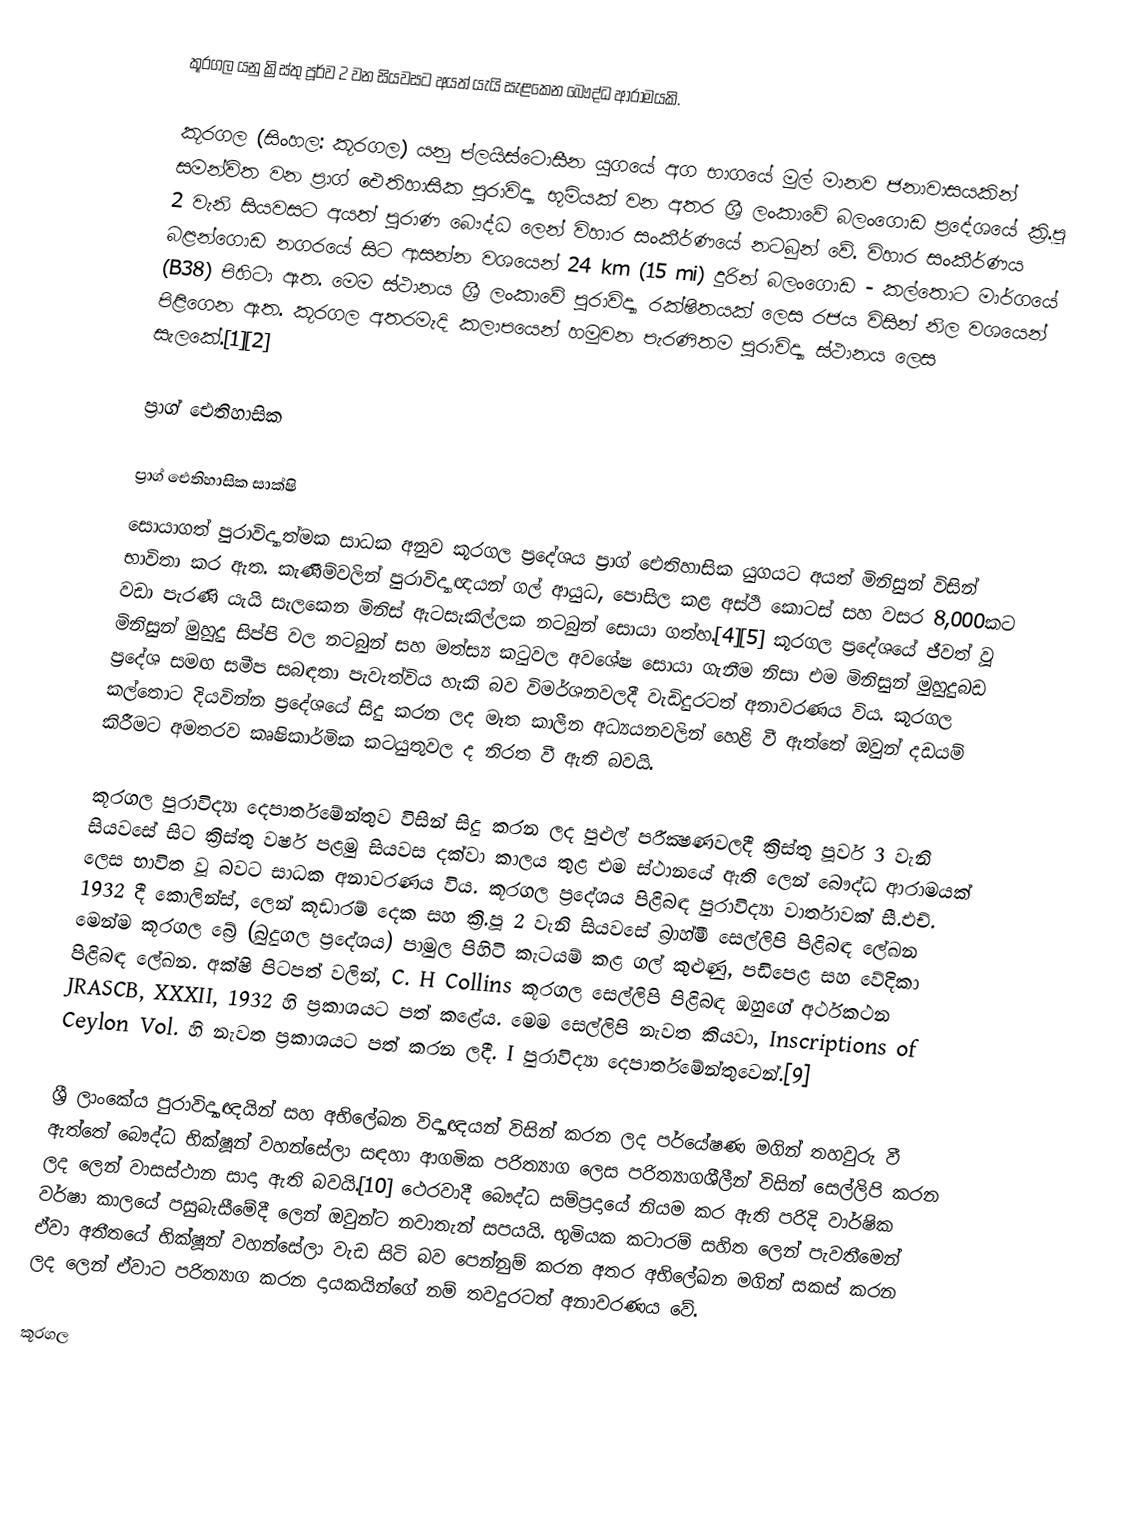
කූරගල යනු ක්‍රිස්තු පූර්ව 2 වන සියවසට අයත් යැයි සැළකෙන බෞද්ධ ආරාමයකි.

කූරගල (සිංහල: කූරගල) යනු ප්ලයිස්ටොසීන යුගයේ අග භාගයේ මුල් මානව ජනාවාසයකින් සමන්විත වන ප්‍රාග් ඓතිහාසික පුරාවිද්‍යා භූමියක් වන අතර ශ්‍රී ලංකාවේ බලංගොඩ ප්‍රදේශයේ ක්‍රි.පූ 2 වැනි සියවසට අයත් පුරාණ බෞද්ධ ලෙන් විහාර සංකීර්ණයේ නටබුන් වේ. විහාර සංකීර්ණය බළන්ගොඩ නගරයේ සිට ආසන්න වශයෙන් 24 km (15 mi) දුරින් බලංගොඩ - කල්තොට මාර්ගයේ (B38) පිහිටා ඇත. මෙම ස්ථානය ශ්‍රී ලංකාවේ පුරාවිද්‍යා රක්ෂිතයක් ලෙස රජය විසින් නිල වශයෙන් පිළිගෙන ඇත. කූරගල අතරමැදි කලාපයෙන් හමුවන පැරණිතම පුරාවිද්‍යා ස්ථානය ලෙස සැලකේ.[1][2]

 ප්‍රාග් ඓතිහාසික

ප්‍රාග් ඓතිහාසික සාක්ෂි
සොයාගත් පුරාවිද්‍යාත්මක සාධක අනුව කූරගල ප්‍රදේශය ප්‍රාග් ඓතිහාසික යුගයට අයත් මිනිසුන් විසින් භාවිතා කර ඇත. කැණීම්වලින් පුරාවිද්‍යාඥයන් ගල් ආයුධ, පොසිල කළ අස්ථි කොටස් සහ වසර 8,000කට වඩා පැරණි යැයි සැලකෙන මිනිස් ඇටසැකිල්ලක නටබුන් සොයා ගත්හ.[4][5] කූරගල ප්‍රදේශයේ ජීවත් වූ මිනිසුන් මුහුදු සිප්පි වල නටබුන් සහ මත්ස්‍ය කටුවල අවශේෂ සොයා ගැනීම නිසා එම මිනිසුන් මුහුදුබඩ ප්‍රදේශ සමඟ සමීප සබඳතා පැවැත්විය හැකි බව විමර්ශනවලදී වැඩිදුරටත් අනාවරණය විය. කූරගල කල්තොට දියවින්න ප්‍රදේශයේ සිදු කරන ලද මෑත කාලීන අධ්‍යයනවලින් හෙළි වී ඇත්තේ ඔවුන් දඩයම් කිරීමට අමතරව කෘෂිකාර්මික කටයුතුවල ද නිරත වී ඇති බවයි.

කූරගල පුරාවිද්‍යා දෙපාර්තමේන්තුව විසින් සිදු කරන ලද පුළුල් පරීක්‍ෂණවලදී ක්‍රිස්තු පූර්ව 3 වැනි සියවසේ සිට ක්‍රිස්තු වර්ෂ පළමු සියවස දක්වා කාලය තුළ එම ස්ථානයේ ඇති ලෙන් බෞද්ධ ආරාමයක් ලෙස භාවිත වූ බවට සාධක අනාවරණය විය. කූරගල ප්‍රදේශය පිළිබඳ පුරාවිද්‍යා වාර්තාවක් සී.එච්. 1932 දී කොලින්ස්, ලෙන් කූඩාරම් දෙක සහ ක්‍රි.පූ 2 වැනි සියවසේ බ්‍රාහ්මී සෙල්ලිපි පිළිබඳ ලේඛන මෙන්ම කූරගල බ්‍රේ (බුදුගල ප්‍රදේශය) පාමුල පිහිටි කැටයම් කළ ගල් කුළුණු, පඩිපෙළ සහ වේදිකා පිළිබඳ ලේඛන. අක්ෂි පිටපත් වලින්, C. H Collins කූරගල සෙල්ලිපි පිළිබඳ ඔහුගේ අර්ථකථන JRASCB, XXXII, 1932 හි ප්‍රකාශයට පත් කළේය. මෙම සෙල්ලිපි නැවත කියවා, Inscriptions of Ceylon Vol. හි නැවත ප්‍රකාශයට පත් කරන ලදී. I පුරාවිද්‍යා දෙපාර්තමේන්තුවෙන්.[9]

ශ්‍රී ලාංකේය පුරාවිද්‍යාඥයින් සහ අභිලේඛන විද්‍යාඥයන් විසින් කරන ලද පර්යේෂණ මගින් තහවුරු වී ඇත්තේ බෞද්ධ භික්ෂූන් වහන්සේලා සඳහා ආගමික පරිත්‍යාග ලෙස පරිත්‍යාගශීලීන් විසින් සෙල්ලිපි කරන ලද ලෙන් වාසස්ථාන සාදා ඇති බවයි.[10] ථෙරවාදී බෞද්ධ සම්ප්‍රදායේ නියම කර ඇති පරිදි වාර්ෂික වර්ෂා කාලයේ පසුබැසීමේදී ලෙන් ඔවුන්ට නවාතැන් සපයයි. භූමියක කටාරම් සහිත ලෙන් පැවතීමෙන් ඒවා අතීතයේ භික්ෂූන් වහන්සේලා වැඩ සිටි බව පෙන්නුම් කරන අතර අභිලේඛන මගින් සකස් කරන ලද ලෙන් ඒවාට පරිත්‍යාග කරන දායකයින්ගේ නම් තවදුරටත් අනාවරණය වේ.

කූරගල